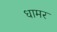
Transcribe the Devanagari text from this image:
धामर